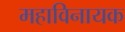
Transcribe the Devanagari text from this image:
महाविनायक